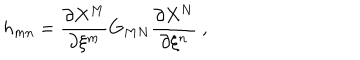
h _ { m n } = \frac { \partial X ^ { M } } { \partial \xi ^ { m } } G _ { M N } \frac { \partial X ^ { N } } { \partial \xi ^ { n } } \ ,